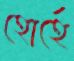
হোর্হে